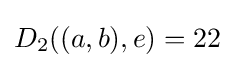
D_{2}((a,b),e)=22